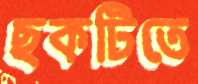
ছকটিতে